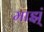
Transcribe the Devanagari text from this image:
माझ्ं